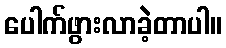
ပေါက်ဖွားလာခဲ့တာပါ။